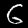
Digit: 6